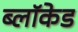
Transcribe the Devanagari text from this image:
ब्लॉकेड